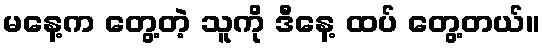
မနေ့က တွေ့တဲ့ သူကို ဒီနေ့ ထပ် တွေ့တယ်။